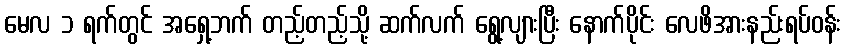
မေလ ၁ ရက်တွင် အရှေ့ဘက် တည့်တည့်သို့ ဆက်လက် ရွေ့လျားပြီး နောက်ပိုင်း လေဖိအားနည်းရပ်ဝန်း